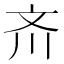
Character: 𪯠